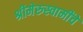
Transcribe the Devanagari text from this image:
श्रीमेरुस्वामींचे